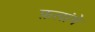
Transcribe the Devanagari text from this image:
फ़लांगे